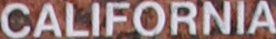
CALIFORNIA